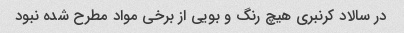
در سالاد کرنبری هیچ رنگ و بویی از برخی مواد مطرح شده نبود